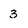
Character: 3